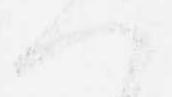
へ